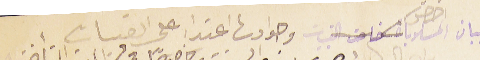
بيان اخص المسلوبات وحوادث اعتدا على القبيات